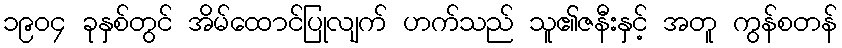
၁၉၀၄ ခုနှစ်တွင် အိမ်ထောင်ပြုလျက် ဟက်သည် သူ၏ဇနီးနှင့် အတူ ကွန်စတန်